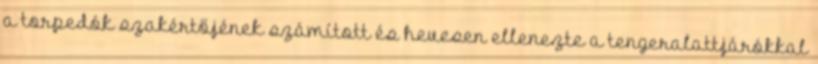
a torpedók szakértőjének számított és hevesen ellenezte a tengeralattjárókkal